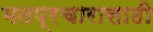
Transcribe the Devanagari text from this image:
मतप्रचारासाठी